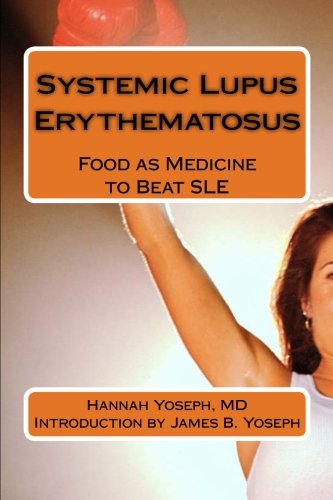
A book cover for Systemic Lupus Erythematosus: Food as Medicine to Beat SLE; Hannah Yoseph MD; Health, Fitness & Dieting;